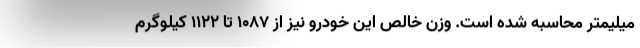
میلیمتر محاسبه شده است. وزن خالص این خودرو نیز از 1087 تا 1122 کیلوگرم